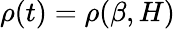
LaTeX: \rho(t)=\rho(\beta,H)